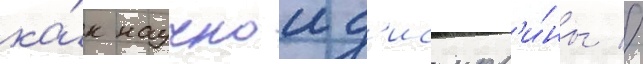
ка́к научнои д'исципл'и́ны //